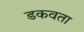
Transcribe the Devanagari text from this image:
डकवता